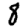
Digit: 1